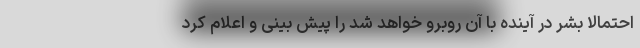
احتمالا بشر در آینده با آن روبرو خواهد شد را پیش بینی و اعلام کرد